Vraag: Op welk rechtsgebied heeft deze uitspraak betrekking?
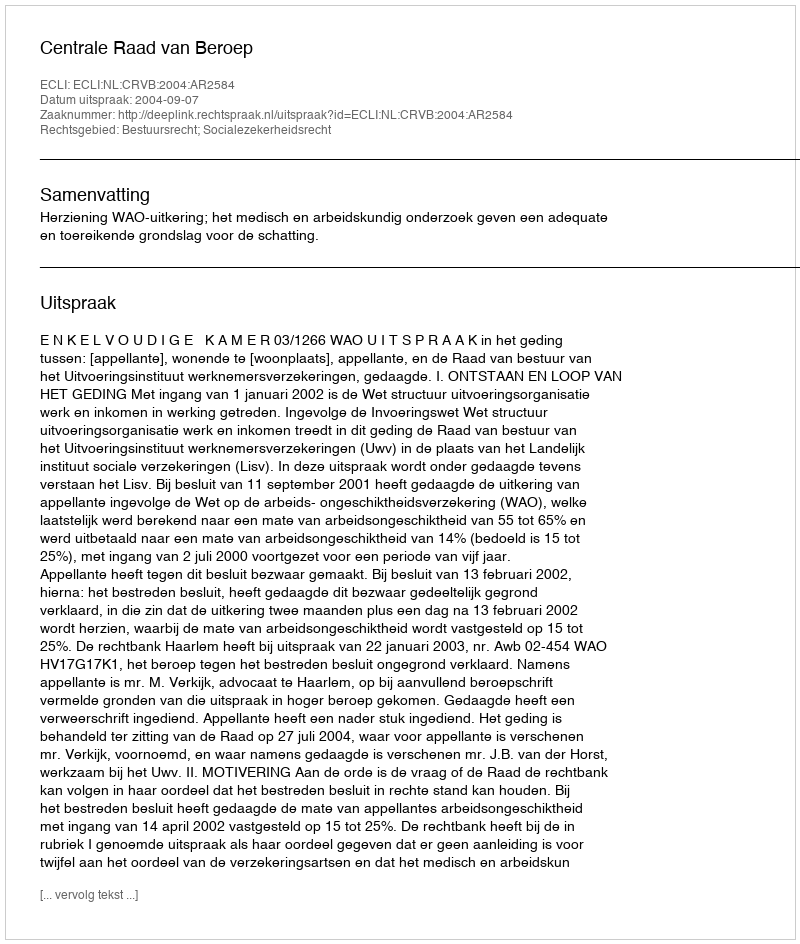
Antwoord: Bestuursrecht; Socialezekerheidsrecht